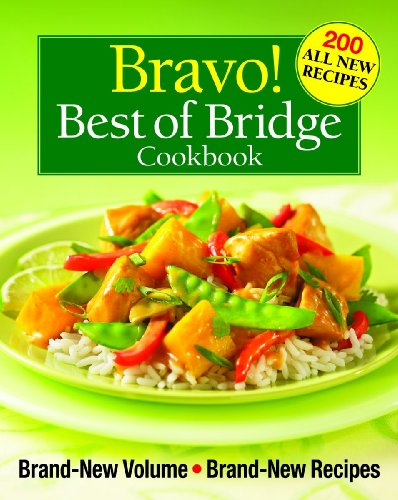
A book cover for Bravo! Best of Bridge Cookbook: Brand-New Volume, Brand-New Recipes (The Best of Bridge); Sally Vaughan-Johnston; Cookbooks, Food & Wine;